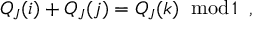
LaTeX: Q _ { J } ( i ) + Q _ { J } ( j ) = Q _ { J } ( k ) \; \; \mathrm { m o d } \, 1 \; \; ,